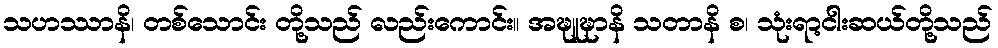
သဟဿာနိ၊ တစ်သောင်း တို့သည် လည်းကောင်း။ အဍ္ဎူဍ္ဎာနိ သတာနိ စ၊ သုံးရာ့ငါးဆယ်တို့သည်